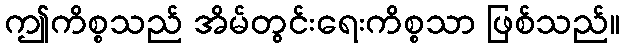
ဤကိစ္စသည် အိမ်တွင်းရေးကိစ္စသာ ဖြစ်သည်။